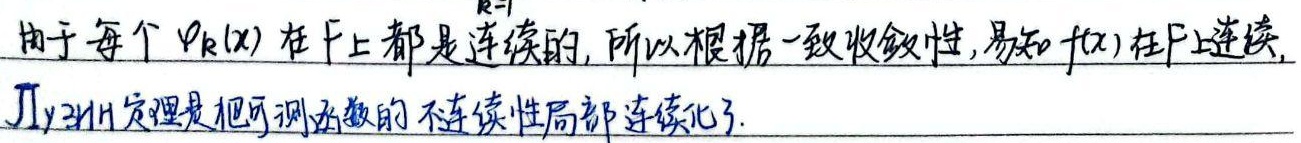
由于每个 $\varphi_{k}(x)$ 在 $F$ 上都是连续的，所以根据一致收敛性，易知 $f(x)$ 在 $F$ 上连续。卢津定理是把可测函数的不连续性局部连续化了。